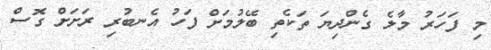
މި ފަހަރު މާލެ ގެންދިޔަ ތަކެތި ބޭލުމަށް ފަހު އެނބުރި ރަށަށް ގޮސް